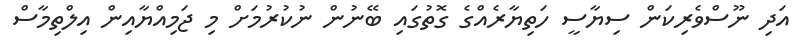
އަދި ނޫސްވެރިކަން ސިޔާސީ ހަތިޔާރެއްގެ ގޮތުގައި ބޭނުން ނުކުރުމަށް މި ޖަމިއްޔާއިން އިލްތިމާސް